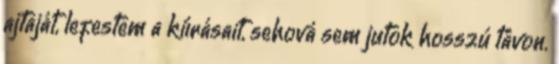
ajtaját, lefestem a kiírásait, sehová sem jutok hosszú távon.